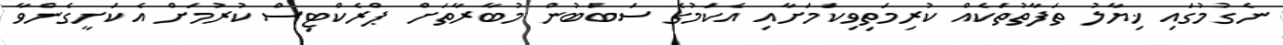
ނެގުމުގައި ޚިޔާލު ތަފާތުތަކެއް ކުރިމަތިވިކަމަށާއި އެކަމުގެ ސަބަބުން މުބާރާތަށް ޕްރެކްޓިސް ކުރުމަށް އެކަށީގެންވާ